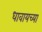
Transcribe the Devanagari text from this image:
धावायच्या